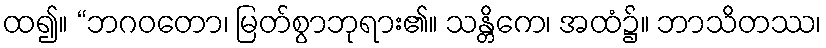
ထ၍။ “ဘဂဝတော၊ မြတ်စွာဘုရား၏။ သန္တိကေ၊ အထံ၌။ ဘာသိတဿ၊